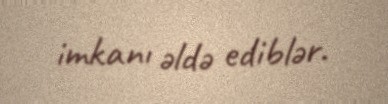
imkanı əldə ediblər.